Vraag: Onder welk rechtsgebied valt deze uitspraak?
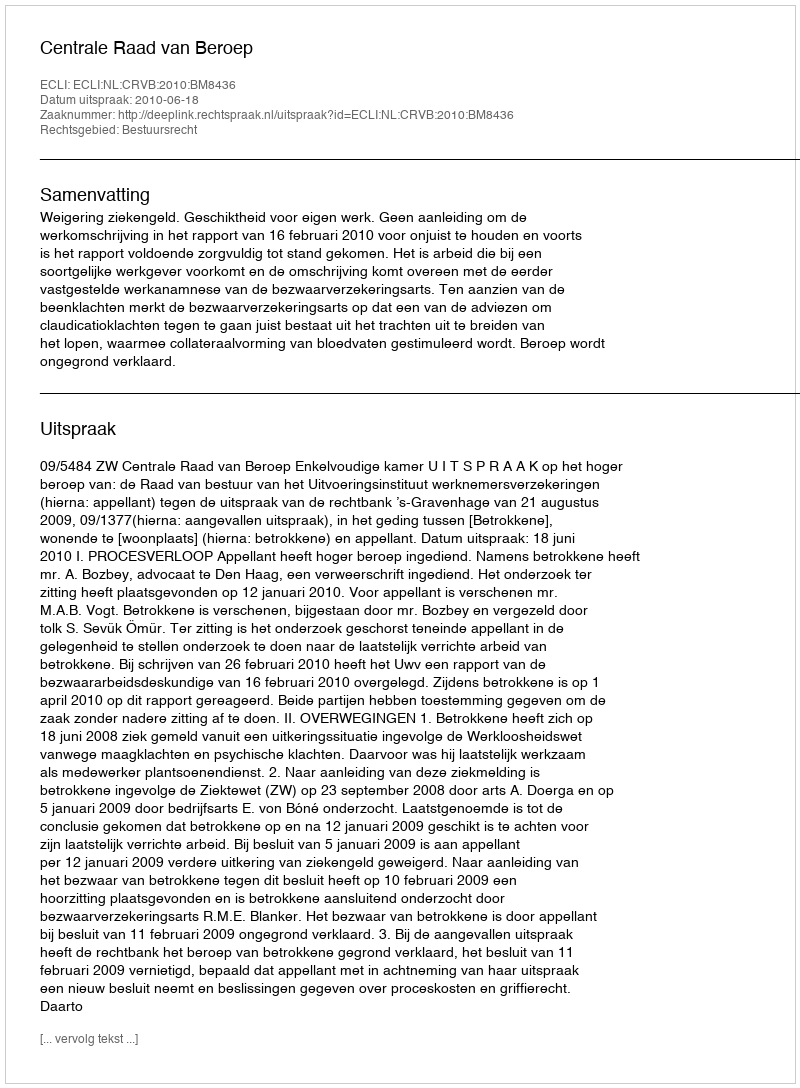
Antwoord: Bestuursrecht